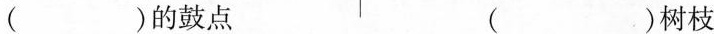
( )的鼓点 ( )树枝